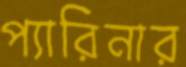
প্যারিনার